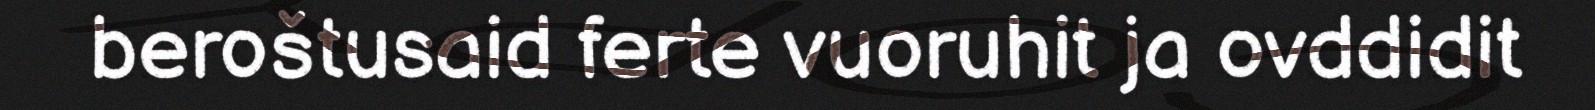
beroštusaid ferte vuoruhit ja ovddidit